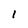
Character: 1